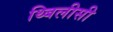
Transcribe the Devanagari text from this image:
थ्बिलीसी